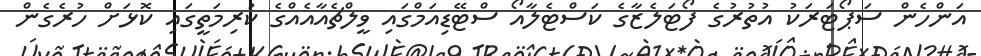
އަންހެން ސަޕޯޓަރަކު އުތުރުގެ ފޯޓަލެޒާގެ ކަސްޓެލާއޯ ސްޓޭޑިއަމްގައި ވީލްޗެއާއެއްގެ ކުރިމަތީގައި ކޮޅަށް ހުރެގެން